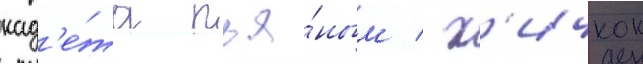
кад'е́та пья́ным / х'ичкок